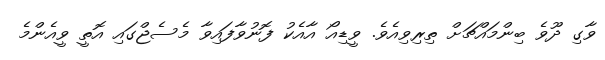
ވާގި ދޫވެ ބިންމައްޗަށް ތިރިވިއެވެ. ވީޑިއޯ އާއެކު ފޮނުވާފައިވާ މެސެޖްގައި އޮތީ ވީއެންމެ